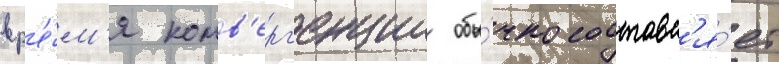
вр'е́м'я конв'ерг'енции обы́чно составл'я́ет